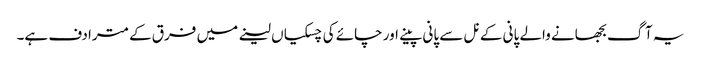
یہ آگ بجھانے والے پانی کے نل سے پانی پینے اور چائے کی چسکیاں لینے میں فرق کے مترادف ہے۔